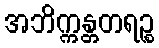
အဘိက္ကန္တတရဉ္စ